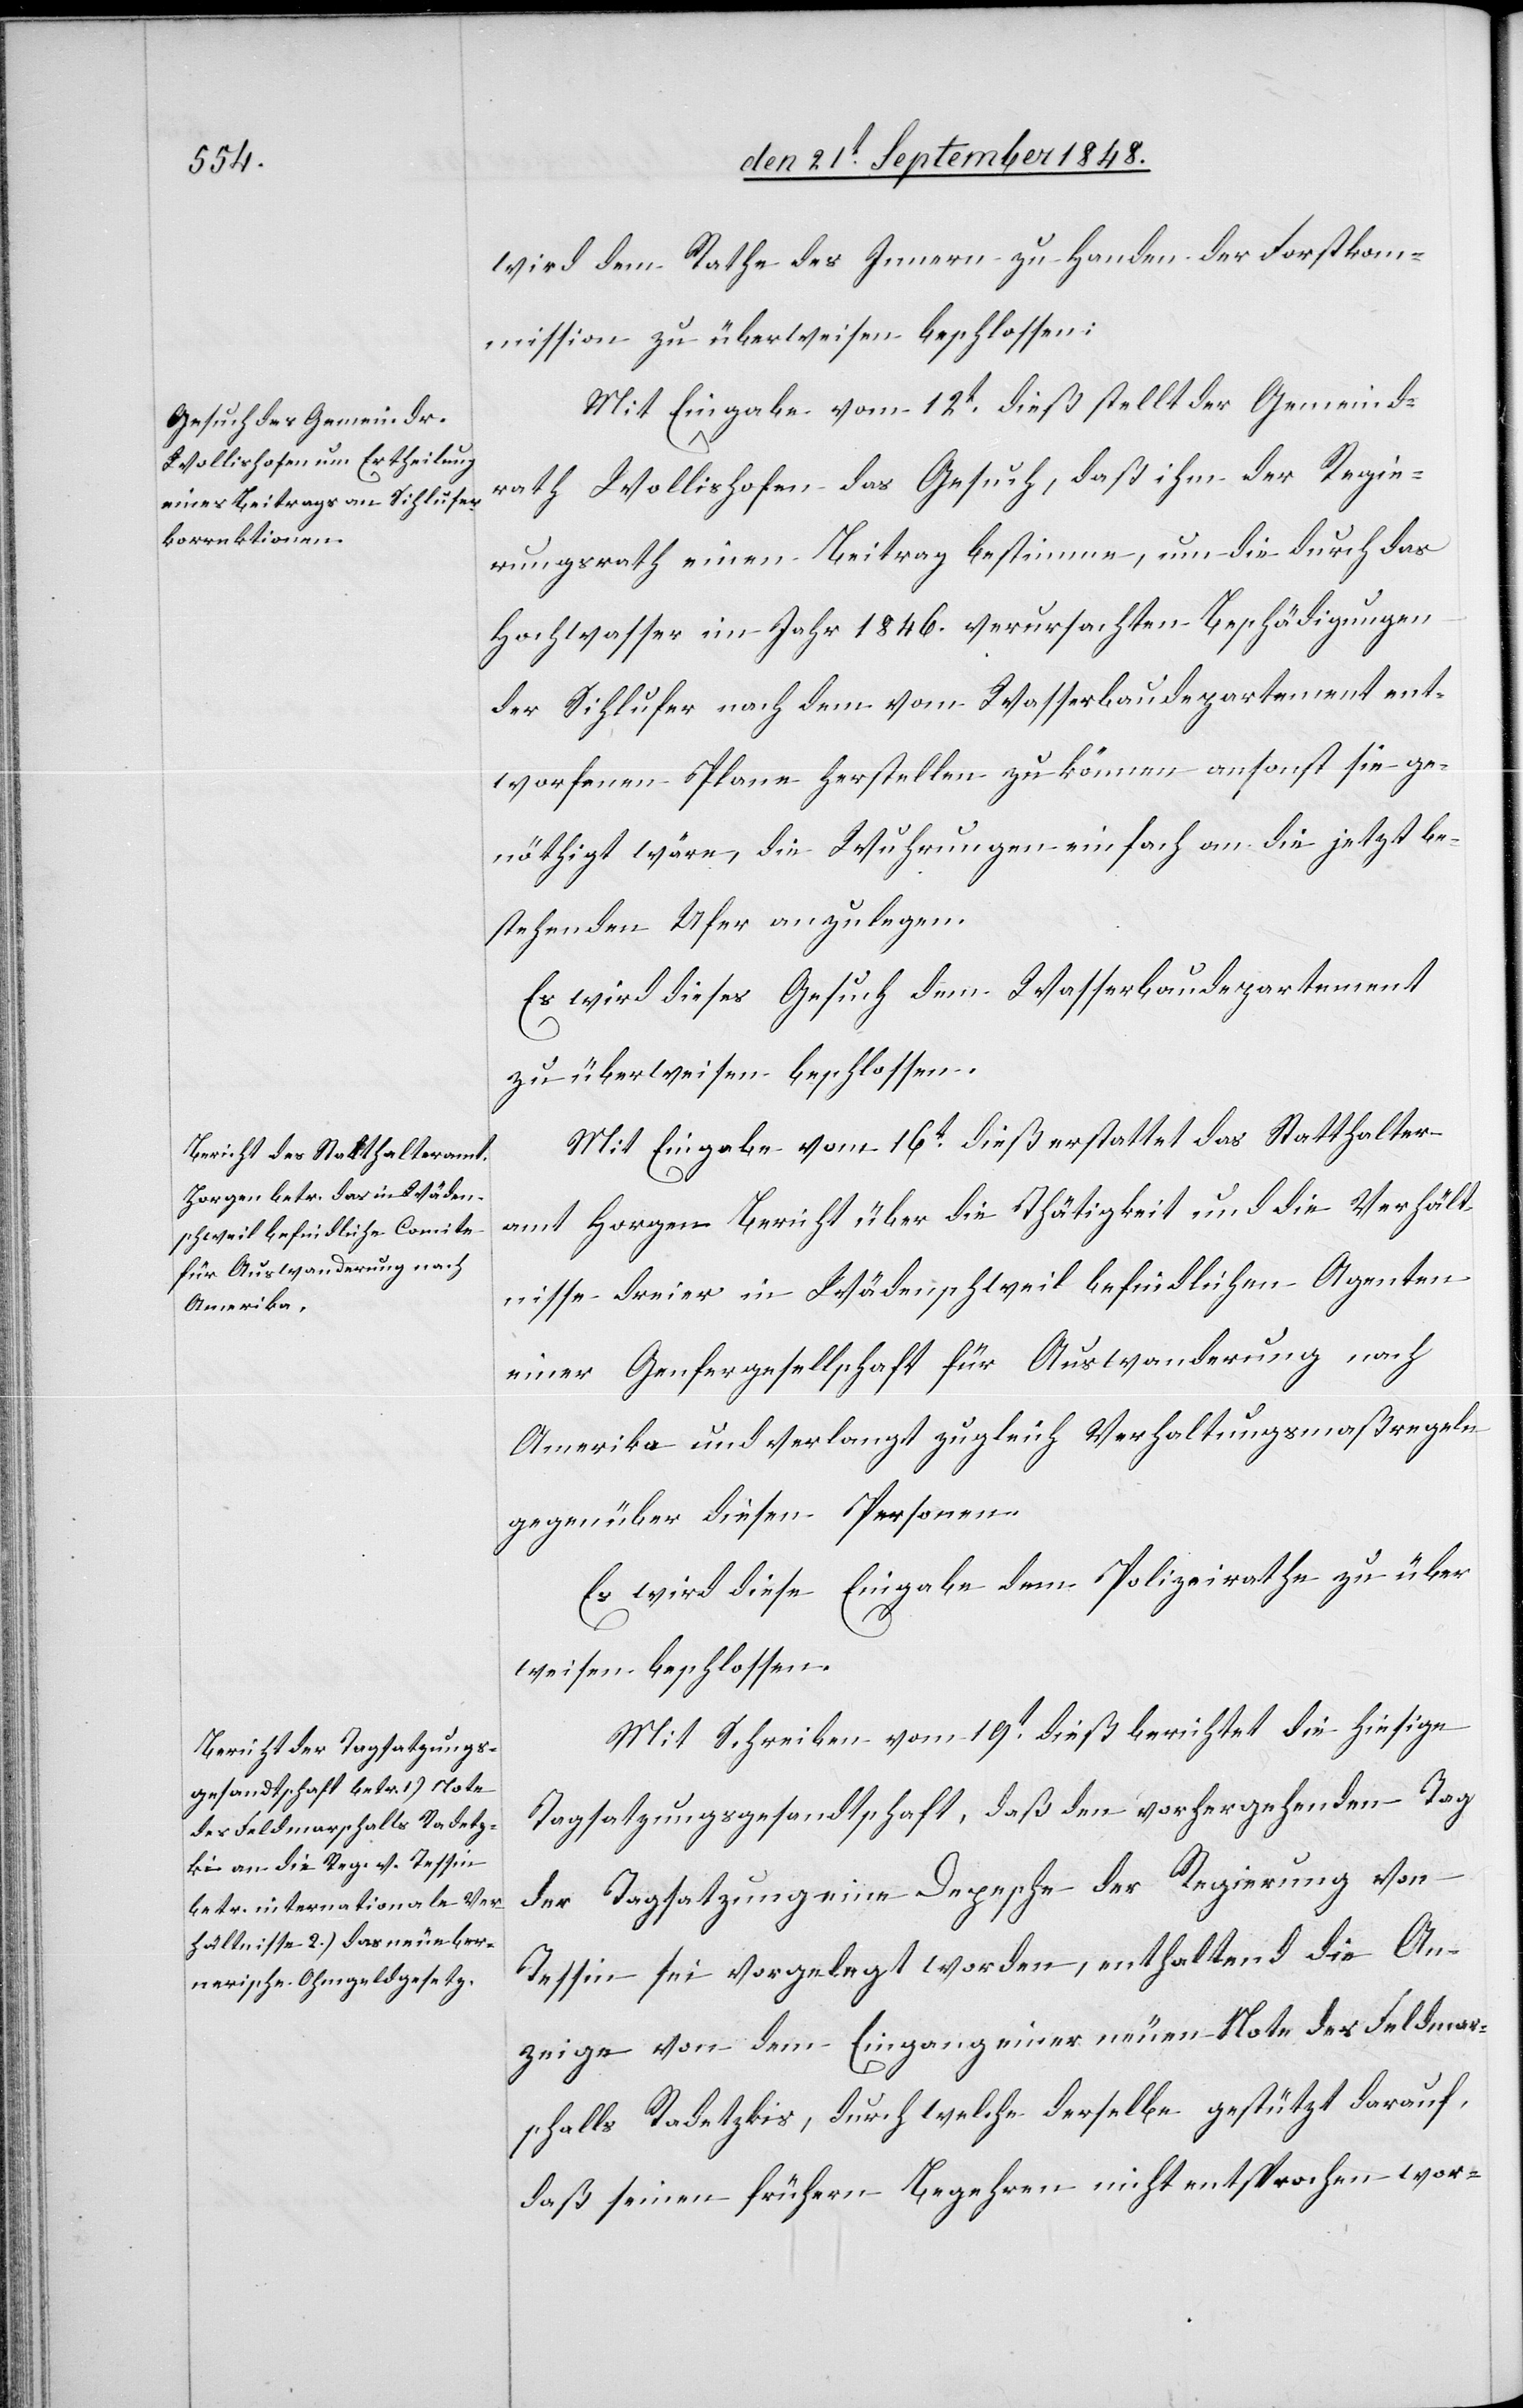
wird dem Rathe des Innern zu Handen der Forstkom¬
mission zu überweisen beschlossen.
Mit Eingabe vom 12t dieß stellt der Gemeind¬
rath Wollishofen das Gesuch, daß ihm der Regie¬
rungsrath einen Beitrag bestimme, um die durch das
Hochwasser im Jahr 1846. verursachten Beschädigungen
der Sihlufer nach dem vom Wasserbaudepartement ent¬
worfenen Plane herstellen zu können ansonst sie ge¬
nöthigt wäre, die Wuhrungen einfach an die jetzt be¬
stehenden Ufer anzulegen.
Es wird dieses Gesuch dem Wasserbaudepartement
zu überweisen beschlossen.
Mit Eingabe vom 16t dieß erstattet das Statthalter¬
amt Horgen Bericht über die Thätigkeit und die Verhält¬
nisse dreier in Wädenschweil befindlichen Agenten
einer Genfergesellschaft für Auswanderung nach
Amerika und verlangt zugleich Verhaltungsmaßregeln
gegenüber diesen Personen.
Es wird diese Eingabe dem Polizeirathe zu über¬
weisen beschlossen.
Mit Schreiben vom 19t dieß berichtet die hiesige
Tagsatzungsgesandtschaft, daß den vorhergehenden Tag
die Tagsatzung eine Depesche der Regierung von
Tessin sei vorgelegt worden, enthaltend die An¬
zeige von dem Eingang einer neuen Note des Feldmar¬
schalls Radetzkis, durch welche derselbe gestützt darauf,
daß seinen frühern Begehren nicht entsprochen wor-